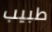
طبيب